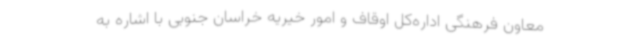
معاون فرهنگی اداره‌کل اوقاف و امور خیریه خراسان‌ جنوبی با اشاره به